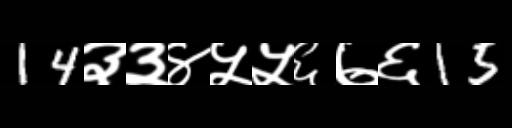
Text: 14३३४५५६७६15